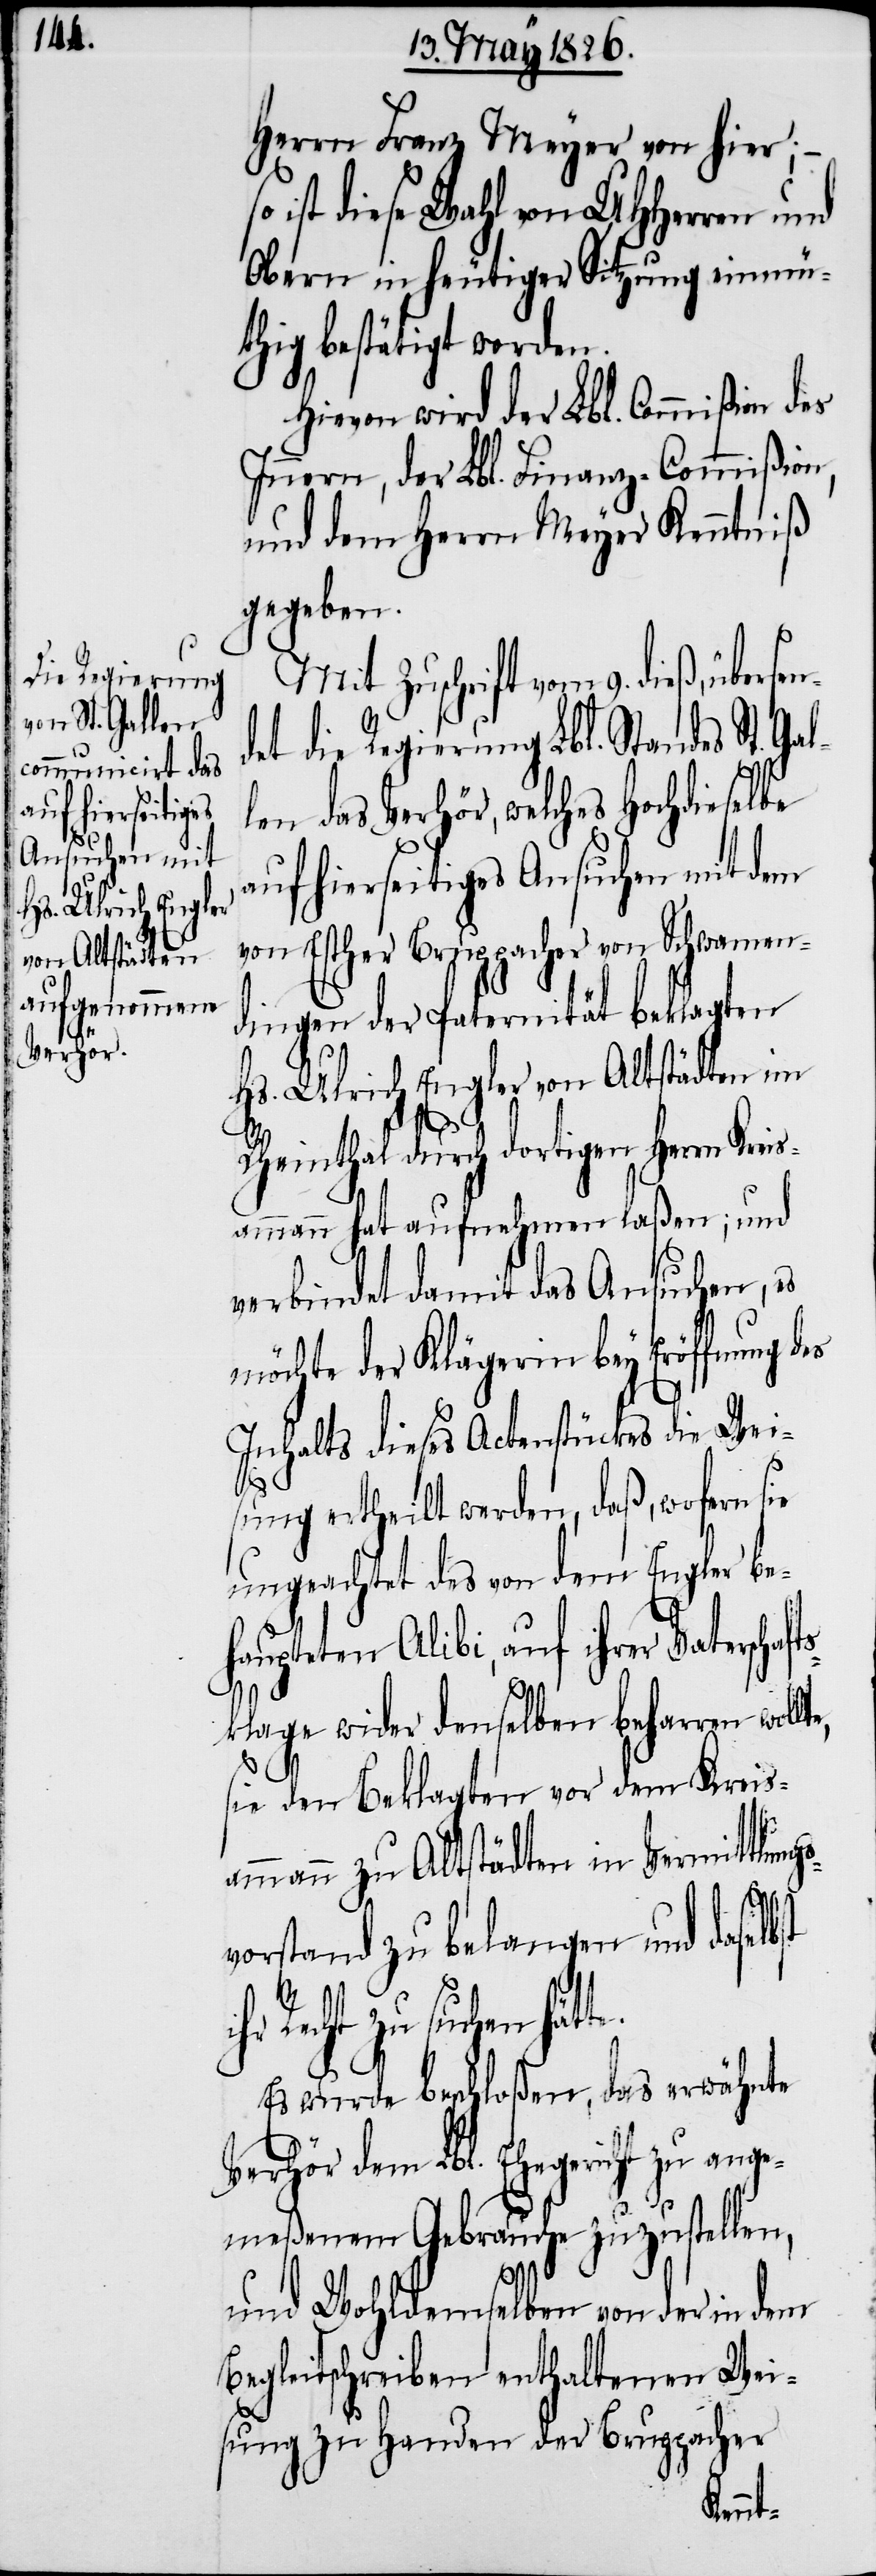
Hs. Ulrich Engler
von Altstädten

Herrn Franz Meyer von hier;
ist diese Wahl von UHHerren und
Obern in heutiger Sitzung einmü¬
thig bestätigt worden.
Hievon wird der Lbl. Commißion des
Innern, der Lbl. Finanz-Commißion,
und dem Herrn Meyer Kenntniß
gegeben.
Mit Zuschrift vom 9. dieß, über¬
det die Regierung Lbl. Standes St. Gal¬
len das Verhör, welches Hochdieselbe
auf hierseitiges Ansuchen mit dem
von Esther Bruppacher von Schwamen¬
dingen der Paternität beklagten
Rheinthal durch dortigen Herrn Krei¬
sammann hat aufnehmen laßen; und
verbindet damit das Ansuchen, es
möchte der Klägerin bey Eröffnung
Inhalts dieses Actenstückes die Wei¬
sung ertheilt werden, daß, wofern sie
ungeachtet des von dem Engler be¬
haupteten Alibi, auf ihrer Vaterschaf¬
tsklage wider denselben beharren woll¬
sie den Beklagten vor dem Kreis¬
ammann zu Altstädten in Vermittlung¬
vorstand zu belangen und daselb¬
Recht zu suchen hät¬
Es wurde beschloßen, das erwähnte
Verhöre dem Lbl. Ehegericht zu ange¬
meßenem Gebrauche zuzustellen,
te.
und Wohldemselben von der in dem
Begleitschreiben enthaltenen Wei¬
sung zu Handen der Bruppacher
sen¬